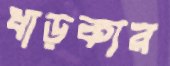
ধাড়কার